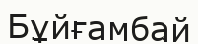
Бұйғамбай